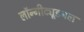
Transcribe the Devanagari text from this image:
लॉन्गीट्यूडनल